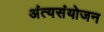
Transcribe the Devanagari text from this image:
अंत्यसंयोजन